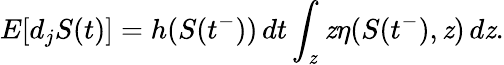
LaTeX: E[d_{j}S(t)]=h(S(t^{-}))\, dt\int_{\mathit{z}}\mathit{z}\eta(S(t^{-}),\mathit{z})\, d\mathit{z}.